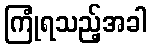
ကြုံရသည့်အခါ